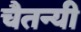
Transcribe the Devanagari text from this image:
चैतन्यी